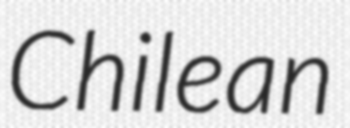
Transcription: Chilean